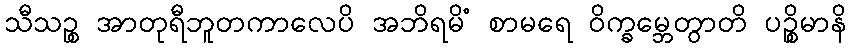
သီသဉ္စ အာတုရီဘူတကာလေပိ အဘိရမိံ စာမရေ ဝိက္ခမ္ဘေတွာတိ ပဉ္စိမာနိ